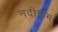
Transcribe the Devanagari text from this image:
नदीग्राम